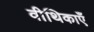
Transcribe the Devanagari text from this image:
वीथिकाएँ